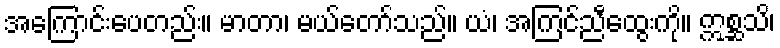
အကြောင်းပေတည်း။ မာတာ၊ မယ်တော်သည်။ ယံ၊ အကြင်ညီထွေးကို။ ဣစ္ဆသိ၊